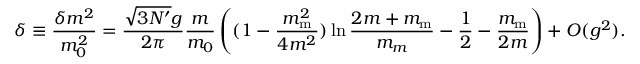
\delta \equiv { \frac { \delta m _ { } ^ { 2 } } { m _ { 0 } ^ { 2 } } } = \frac { \sqrt { 3 N ^ { \prime } } g } { 2 \pi } \frac { m } { m _ { 0 } } \left( ( 1 - \frac { m _ { \mathrm m } ^ { 2 } } { 4 m ^ { 2 } } ) \ln \frac { 2 m + m _ { \mathrm m } } { m _ { m } } - \frac 1 2 - \frac { m _ { \mathrm m } } { 2 m } \right) + O ( g ^ { 2 } ) .